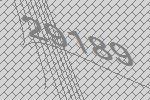
29189